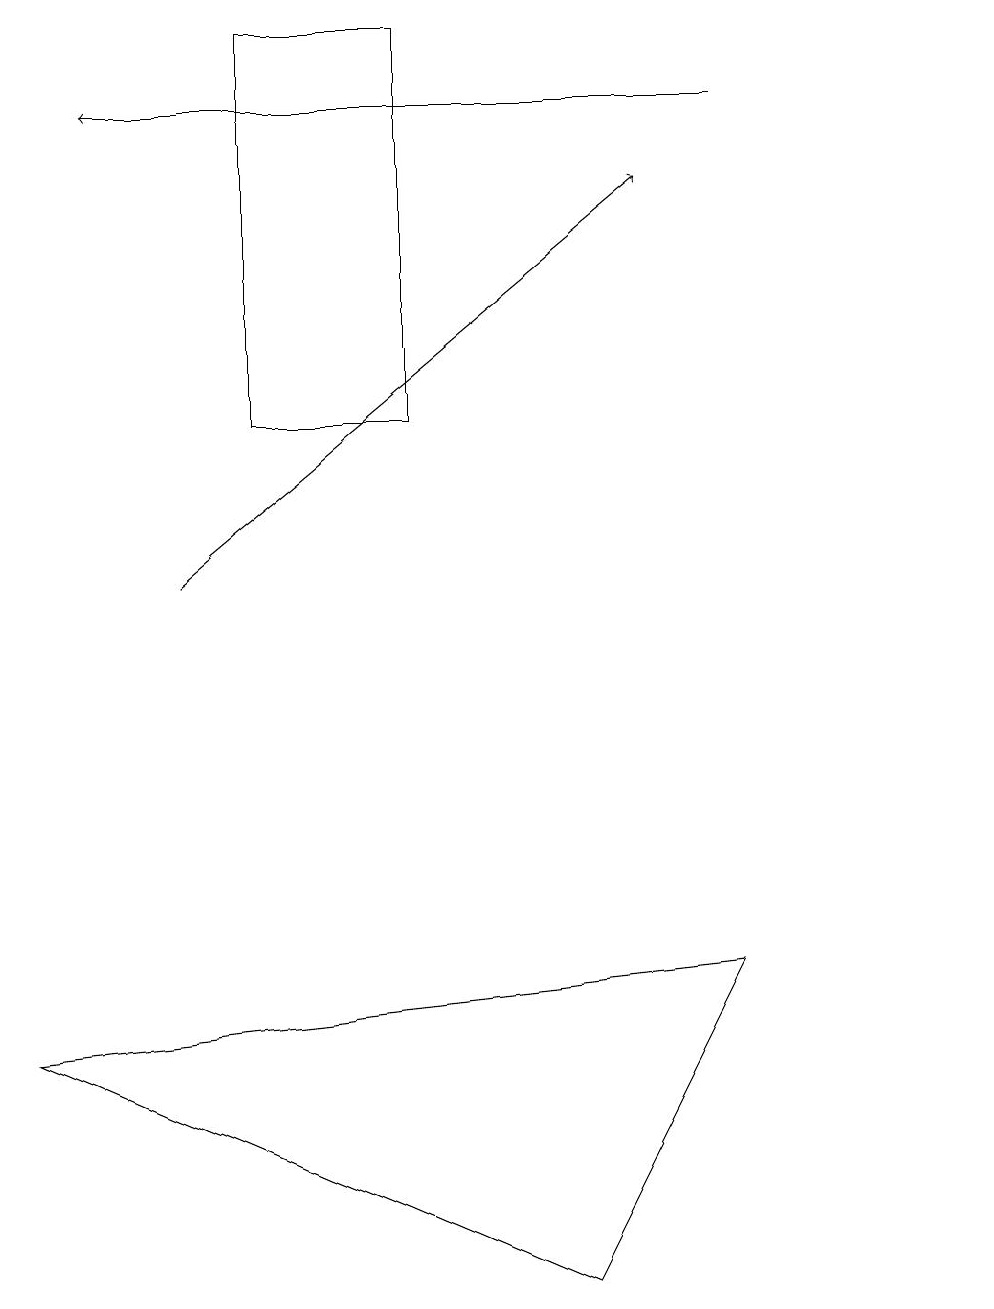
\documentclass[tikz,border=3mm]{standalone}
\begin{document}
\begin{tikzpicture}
\draw (9,7) -- (0,6) -- (7,3) -- cycle;
\draw (5,14) rectangle (3,19);
\draw (12,10) circle (0);
\draw[->] (9,18) -- (1,18);
\draw[->] (2,12) -- (8,17);
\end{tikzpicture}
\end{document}